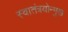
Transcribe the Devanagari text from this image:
स्वातंत्रयोन्मुख